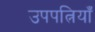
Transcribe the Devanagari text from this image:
उपपत्नियाँ